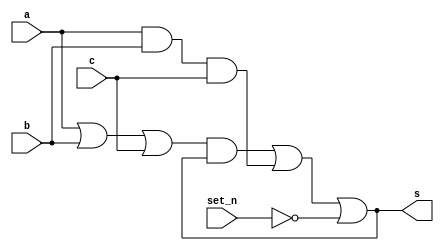
`timescale 1ns/1ns
module muller_3input_set(input set_n,a,b,c,
									output s);

wire w1,w2,w3,w4,w5;

or A1(w1,a,b,c);
and A2(w2,w1,s);
and A3(w3,a,b,c);
or #(5) A4(s,w2,w3,~set_n);

endmodule